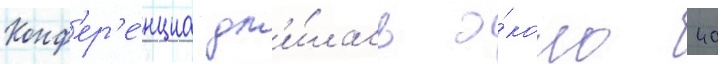
Конф'ер'е́нциа дл'и́лась о́коло 40